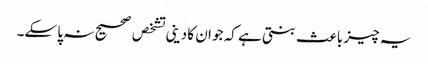
یہ چیز باعث بنتی ہے کہ جو ان کا دینی تشخص صحیح نہ پا سکے۔